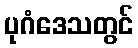
ပုဂံဒေသတွင်